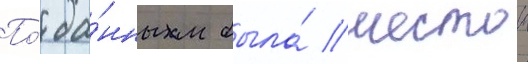
По́ да́нным была́ шестои